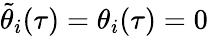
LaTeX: \tilde{\theta}_{i}(\tau)=\theta_{i}(\tau)=0